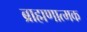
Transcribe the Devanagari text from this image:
ब्राह्मणात्मक